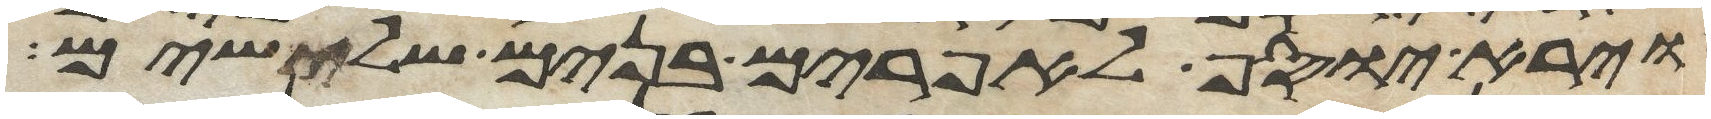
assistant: וירא יוסף לאפרים בנים שלישים